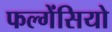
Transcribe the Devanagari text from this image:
फल्गेंसियो